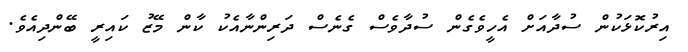
އިރުކޮޅަކުން ސުދާއަށް އެހީވެގެން ސުދާވެސް ގެނެސް ދަރިންނާއެކު ކާން މޭޒު ކައިރީ ބޭންދިއެވެ.